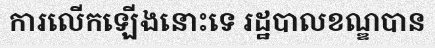
ការលើកឡើងនោះទេ រដ្ឋបាលខណ្ឌបាន